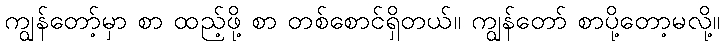
ကျွန်တော့်မှာ စာ ထည့်ဖို့ စာ တစ်စောင်ရှိတယ်။ ကျွန်တော် စာပို့တော့မလို့။